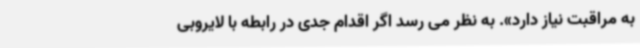
به مراقبت نیاز دارد». به نظر می رسد اگر اقدام جدی در رابطه با لایروبی